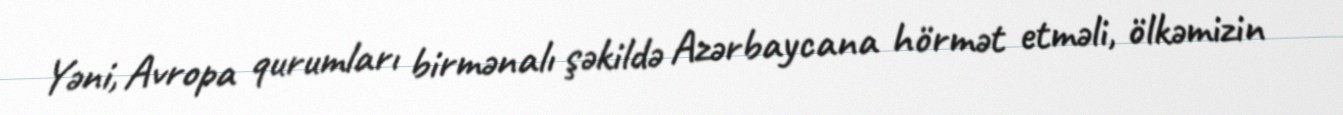
Yəni, Avropa qurumları birmənalı şəkildə Azərbaycana hörmət etməli, ölkəmizin